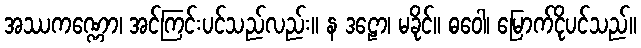
အဿကဏ္ဏော၊ အင်ကြင်းပင်သည်လည်း။ န ဒဠော၊ မခိုင်။ ဓဝေါ၊ မြောက်ငိုပင်သည်။